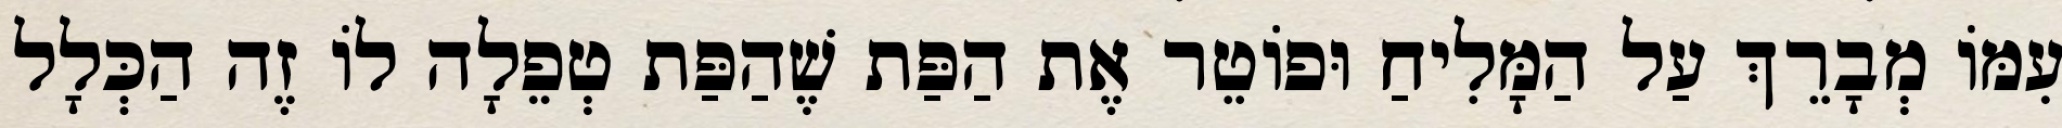
עִמּוֹ מְבָרֵךְ עַל הַמָּלִיחַ וּפוֹטֵר אֶת הַפַּת שֶׁהַפַּת טְפֵלָה לוֹ זֶה הַכְּלָל